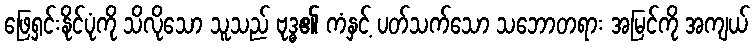
ဖြေရှင်းနိုင်ပုံကို သိလိုသော သူသည် ဗုဒ္ဓ၏ ကံနှင့် ပတ်သက်သော သဘောတရား အမြင်ကို အကျယ်